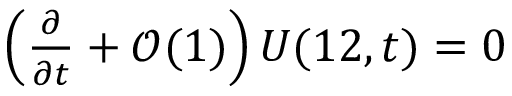
\begin{array} { r } { \left( \frac { \partial } { \partial t } + \mathcal { O } ( 1 ) \right) U ( 1 2 , t ) = 0 } \end{array}